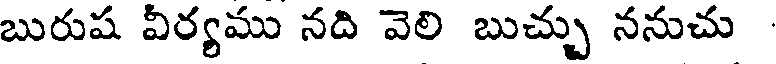
బురుష వీర్యము నది వెలి బుచ్చు ననుచు